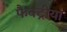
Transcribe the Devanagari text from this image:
फैक्ट्रीया